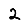
Digit: 2